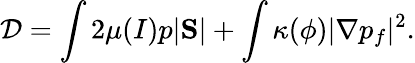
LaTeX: \mathcal D=\int 2\mu(I)p|\mathrm{\mathbf S}|+\int\kappa(\phi)|\nabla p_{f}|^{2}.